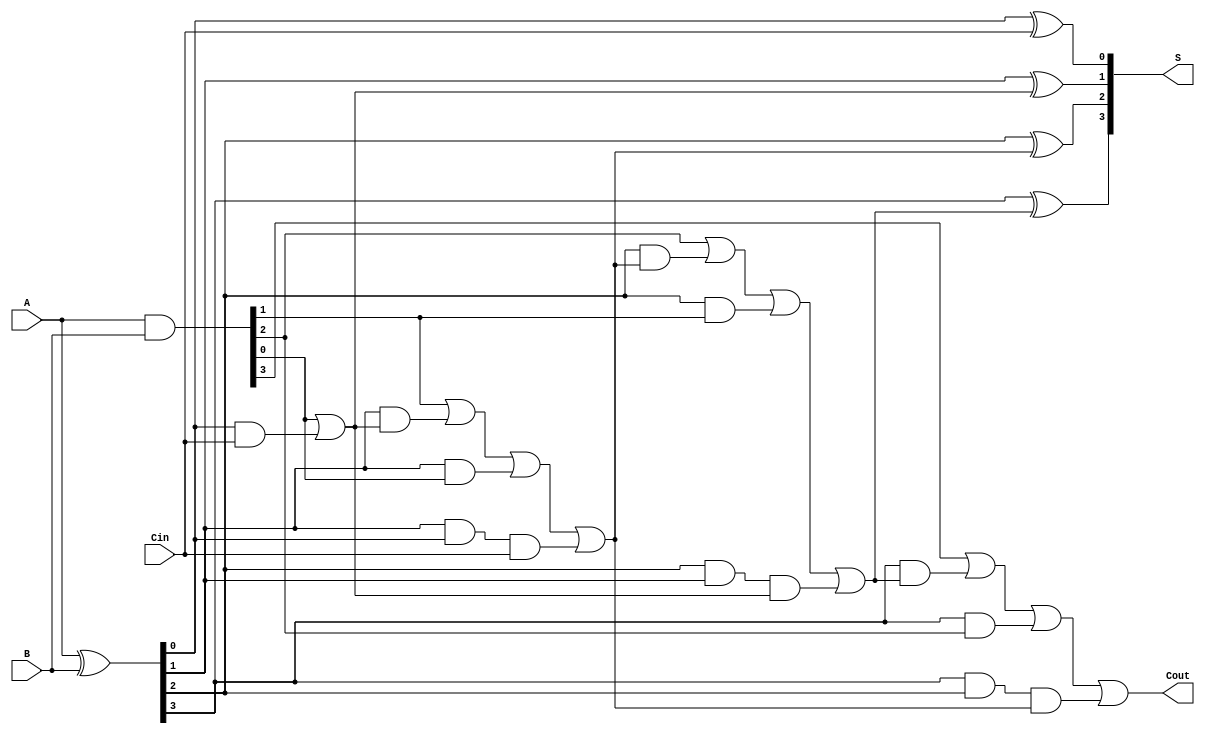
module ConditionalSumAdder #(parameter N = 4) (
    input [N-1:0] A,      // First n-bit input
    input [N-1:0] B,      // Second n-bit input
    input Cin,            // Carry-in input
    output [N-1:0] S,     // n-bit sum output
    output Cout           // Carry-out output
);
    wire [N-1:0] G;       // Generate signals
    wire [N-1:0] P;       // Propagate signals
    wire [N:0] C;         // Carry signals (C[0] = Cin)

    // Generate and propagate signals
    assign G = A & B;                   // Gi = Ai AND Bi
    assign P = A ^ B;                   // Pi = Ai XOR Bi

    // Carry calculations
    assign C[0] = Cin;
    genvar i;
    generate
        for (i = 0; i < N; i = i + 1) begin : carry_calc
            if (i == 0) begin
                assign C[i+1] = G[i] | (P[i] & C[i]); // C1 = G0 OR (P0 AND Cin)
            end else begin
                assign C[i+1] = G[i] | (P[i] & C[i]) | (P[i] & G[i-1]) | (P[i] & P[i-1] & C[i-1]);
            end
        end
    endgenerate

    // Sum calculations
    wire [N-1:0] S0;          // Sum with Cin
    wire [N-1:0] S1;          // Sum with C1
    wire [N-1:0] S2;          // Sum with C2
    // ... You can extend this for larger N as needed

    assign S0 = P ^ C[0];    // S0 = P0 XOR Cin
    assign S[0] = S0[0];

    // Conditional sums for S[1] to S[N-1]
    generate
        for (i = 1; i < N; i = i + 1) begin : sum_calc
            assign S[i] = P[i] ^ C[i]; // Sum based on the current carry
        end
    endgenerate

    // Final carry-out
    assign Cout = C[N]; // The final carry-out is C[N]

endmodule